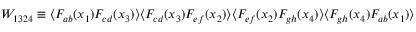
W _ { 1 3 2 4 } \equiv \langle F _ { a b } ( x _ { 1 } ) F _ { c d } ( x _ { 3 } ) \rangle \langle F _ { c d } ( x _ { 3 } ) F _ { e f } ( x _ { 2 } ) \rangle \langle F _ { e f } ( x _ { 2 } ) F _ { g h } ( x _ { 4 } ) \rangle \langle F _ { g h } ( x _ { 4 } ) F _ { a b } ( x _ { 1 } ) \rangle